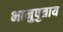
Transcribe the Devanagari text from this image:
भानुपुत्राय